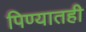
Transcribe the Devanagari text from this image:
पिण्यातही